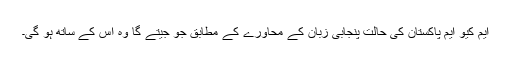
ایم کیو ایم پاکستان کی حالت پنجابی زبان کے محاورے کے مطابق جو جیتے گا وہ اس کے ساتھ ہو گی۔